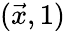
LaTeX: ({\vec{x}},1)